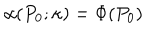
\alpha ( P _ { 0 } ; \kappa ) = \Phi ( P _ { 0 } )